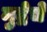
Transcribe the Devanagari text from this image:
मुद्रेचे